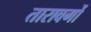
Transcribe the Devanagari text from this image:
तारावर्गो